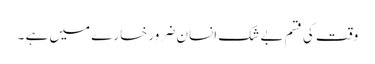
وقت کی قسم بے شک انسان ضرور خسارے میں ہے ۔